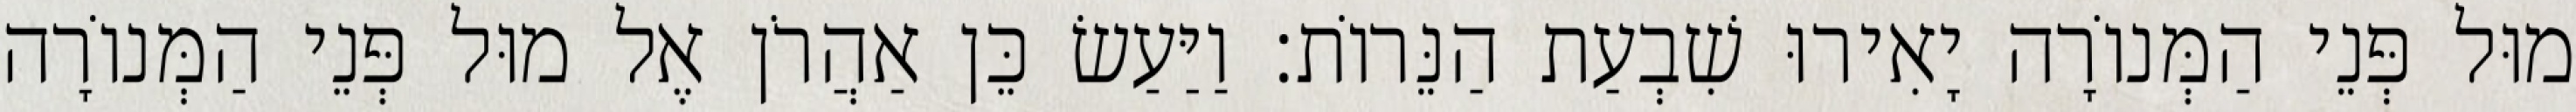
מוּל פְּנֵי הַמְּנוֹרָה יָאִירוּ שִׁבְעַת הַנֵּרוֹת׃ וַיַּעַשׂ כֵּן אַהֲרֹן אֶל מוּל פְּנֵי הַמְּנוֹרָה